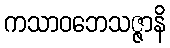
ကသာဝဘေသဇ္ဇာနိ